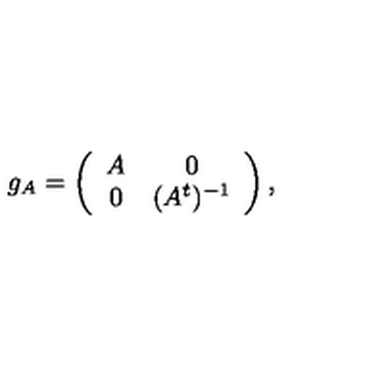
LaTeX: g _ { A } = \left( \begin{array} { c c } { A } & { 0 } \\ { 0 } & { ( A ^ { t } ) ^ { - 1 } } \\ \end{array} \right) ,